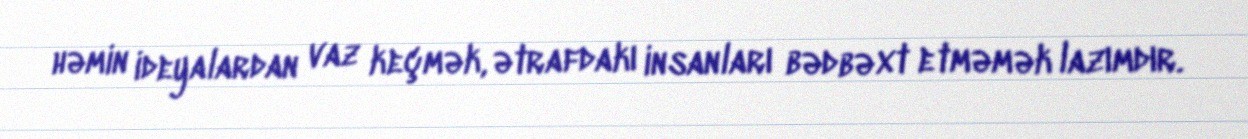
həmin ideyalardan vaz keçmək, ətrafdakı insanları bədbəxt etməmək lazımdır.